Indian journal of veterinary science and animal husbandry - Volume 8,
Year: 1938
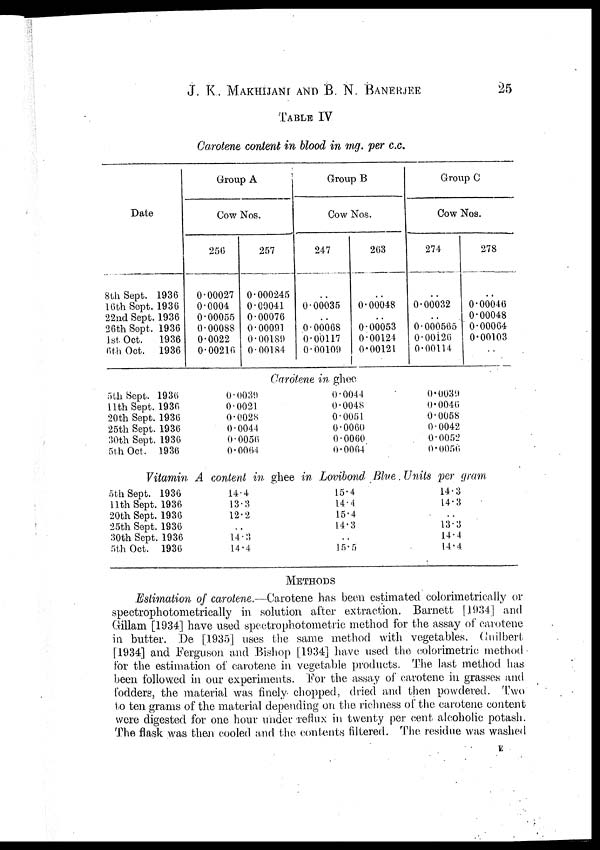
J. K. MAKHIJANI AND B. N. BANERJEE
25
TABLE IV
Carotene content in blood in mg. per c.c.
Date
8th Sept. 1936
16th Sept. 1936
22nd Sept. 1936
26th Sept. 1936
1st Oct.
1936
6th Oct. 1936
Group A
Cow Nos.
256
0.00027
0.0004
0.00055
0.00088
0.0022
0.00216
257
0.000245
0.00041
0.00076
0.00091
0.00180
0.00184
Group B
Cow Nos.
247
..
0.00035
..
0.00068
0.00117
0.00109
263
..
0.00048
..
0.00053
0.00124
0.00121
Group C
Cow Nos.
274
..
0.00032
..
0.000565
0.00126
0.00114
278
..
0.00046
0.00048
0.00064
0.00103
..
Carotene in ghee
5th Sept. 1936
11th Sept. 1936
20th Sept. 1936
25th Sept. 1936
30th Sept. 1936
5th Oct. 1936
0.0039
0.0021
0.0028
0.0044
0.0056
0.0064
0.0044
0.0048
0.0051
0.0060
0.0060
0.0064
0.0039
0.0046
0.0058
0.0042
0.0052
0.0056
Vitamin A content in ghee in Lovibond Blue. Units per gram.
5th Sept. 1936
11th Sept. 1936
20th Sept. 1936
25th Sept. 1936
30th Sept. 1936
5th Oct. 1936
14.4
13.3
12.2
..
14.3
14.4
15.4
14.4
15.4
14.3
..
15.5
14.3
14.3
..
13.3
14.4
14.4
METHODS
Estimation of carotene.—Carotene has been estimated colorimetrically or
spectrophotometrically in solution after extraction. Barnett [ 1934] and
Gillam [1934] have used spectrophotometric method for the assay of carotene
in butter. De [1935] uses the same method with vegetables. Guilbert
[1934] and Ferguson and Bishop [1934] have used the colorimetric method
for the estimation of carotene in vegetable products. The last method has
been followed in our experiments. For the assay of carotene in grasses and
fodders, the material was finely chopped, dried and then powdered. Two
to ten grams of the material depending on the richness of the carotene content
were digested for one hour under reflux in twenty per cent alcoholic potash.
The flask was then cooled and the contents filtered. The residue was washed